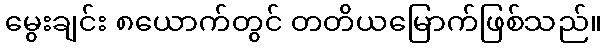
မွေးချင်း ၈ယောက်တွင် တတိယမြောက်ဖြစ်သည်။